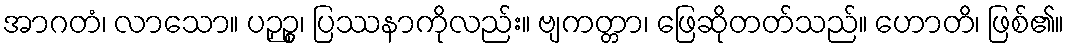
အာဂတံ၊ လာသော။ ပဉှဉ္စ၊ ပြဿနာကိုလည်း။ ဗျကတ္တာ၊ ဖြေဆိုတတ်သည်။ ဟောတိ၊ ဖြစ်၏။